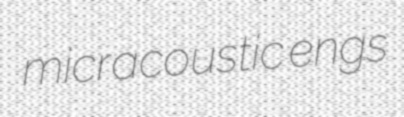
micracoustic engs